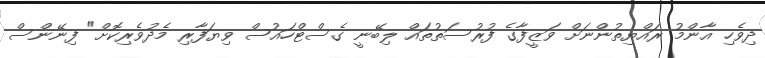
ދިވެހި އާންމު ރައްޔިތުންނަށް ވަޒީފާގެ ފުރުސަތުތައް ލިބޭނީ ގެސްޓްހައުސް ވިޔަފާރި މެދުވެރިކޮށް" ފިނޭންސް